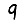
Digit: 9